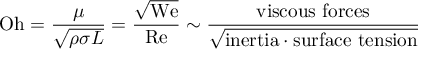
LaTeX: \mathrm { O h } = { \frac { \mu } { \sqrt { \rho \sigma L } } } = { \frac { \sqrt { \mathrm { W e } } } { \mathrm { R e } } } \sim { \frac { \mathrm { v i s c o u s ~ f o r c e s } } { \sqrt { { \mathrm { i n e r t i a } } \cdot { \mathrm { s u r f a c e ~ t e n s i o n } } } } }